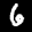
Label: 6